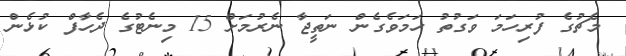
މެޗުގެ ފުރިހަމަ ވަގުތު ހަމަވެގެން ނަތީޖާ ނެރުމަށް 15 މިނެޓުގެ ދެހާފް ކުޅެން